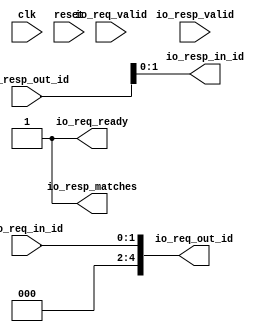
// Copyright (c) 2017, Microsemi Corporation
// All rights reserved.
//
// Redistribution and use in source and binary forms, with or without
// modification, are permitted provided that the following conditions are met:
//     * Redistributions of source code must retain the above copyright
//       notice, this list of conditions and the following disclaimer.
//     * Redistributions in binary form must reproduce the above copyright
//       notice, this list of conditions and the following disclaimer in the
//       documentation and/or other materials provided with the distribution.
//     * Neither the name of the <organization> nor the
//       names of its contributors may be used to endorse or promote products
//       derived from this software without specific prior written permission.
//
// THIS SOFTWARE IS PROVIDED BY THE COPYRIGHT HOLDERS AND CONTRIBUTORS "AS IS" AND
// ANY EXPRESS OR IMPLIED WARRANTIES, INCLUDING, BUT NOT LIMITED TO, THE IMPLIED
// WARRANTIES OF MERCHANTABILITY AND FITNESS FOR A PARTICULAR PURPOSE ARE
// DISCLAIMED. IN NO EVENT SHALL MICROSEMI CORPORATIONM BE LIABLE FOR ANY
// DIRECT, INDIRECT, INCIDENTAL, SPECIAL, EXEMPLARY, OR CONSEQUENTIAL DAMAGES
// (INCLUDING, BUT NOT LIMITED TO, PROCUREMENT OF SUBSTITUTE GOODS OR SERVICES;
// LOSS OF USE, DATA, OR PROFITS; OR BUSINESS INTERRUPTION) HOWEVER CAUSED AND
// ON ANY THEORY OF LIABILITY, WHETHER IN CONTRACT, STRICT LIABILITY, OR TORT
// (INCLUDING NEGLIGENCE OR OTHERWISE) ARISING IN ANY WAY OUT OF THE USE OF THIS
// SOFTWARE, EVEN IF ADVISED OF THE POSSIBILITY OF SUCH DAMAGE.
//
// Description:
//
// SVN Revision Information:
// SVN $Revision: 29484 $
// SVN $Date: 2017-03-31 09:57:25 +0100 (Fri, 31 Mar 2017) $
//
// Resolved SARs
// SAR      Date     Who   Description
//
// Notes:
//
// ****************************************************************************/
`define RANDOMIZE
`timescale 1ns/10ps
module PROC_SUBSYSTEM_CORERISCV_AXI4_0_CORERISCV_AXI4_ID_MAPPER(
  input   clk,
  input   reset,
  input   io_req_valid,
  output  io_req_ready,
  input  [1:0] io_req_in_id,
  output [4:0] io_req_out_id,
  input   io_resp_valid,
  output  io_resp_matches,
  input  [4:0] io_resp_out_id,
  output [1:0] io_resp_in_id
);
  assign io_req_ready = 1'h1;
  assign io_req_out_id = {{3'd0}, io_req_in_id};
  assign io_resp_matches = 1'h1;
  assign io_resp_in_id = io_resp_out_id[1:0];
endmodule